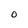
Character: 0